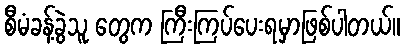
စီမံခန့်ခွဲသူ တွေက ကြီးကြပ်ပေးရမှာဖြစ်ပါတယ်။